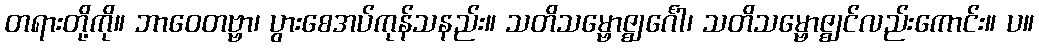
တရားတို့ကို။ ဘာဝေတဗ္ဗာ၊ ပွားစေအပ်ကုန်သနည်း။ သတိသမ္ဗောဇ္ဈင်္ဂေါ၊ သတိသမ္ဗောဇ္ဈင်လည်းကောင်း။ ပ။